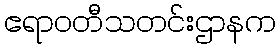
ဧရာဝတီသတင်းဌာနက